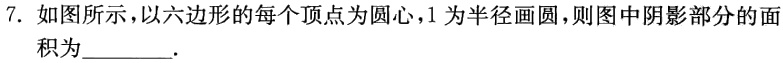
7. 如图所示，以六边形的每个顶点为圆心，1 为半径画圆，则图中阴影部分的面积为________.